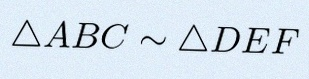
\triangle ABC\sim\triangle DEF